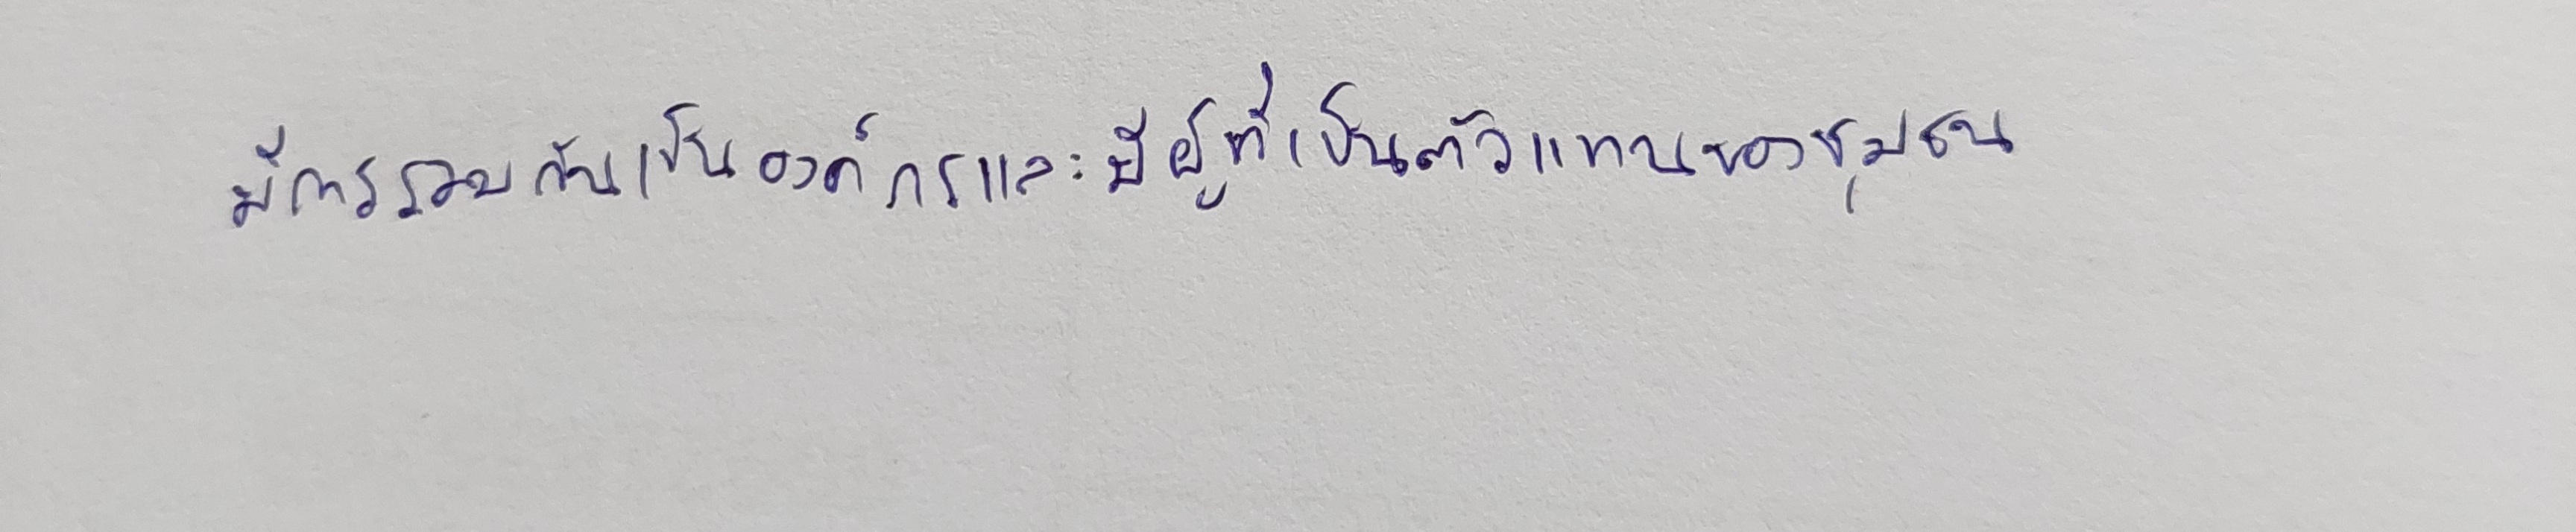
มีการรวมกันเป็นองค์กรและมีผู้ที่เป็นตัวแทนของชุมชน